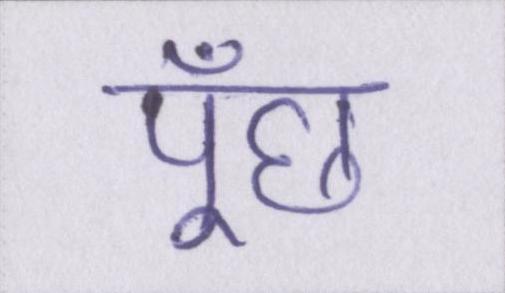
पूँछ